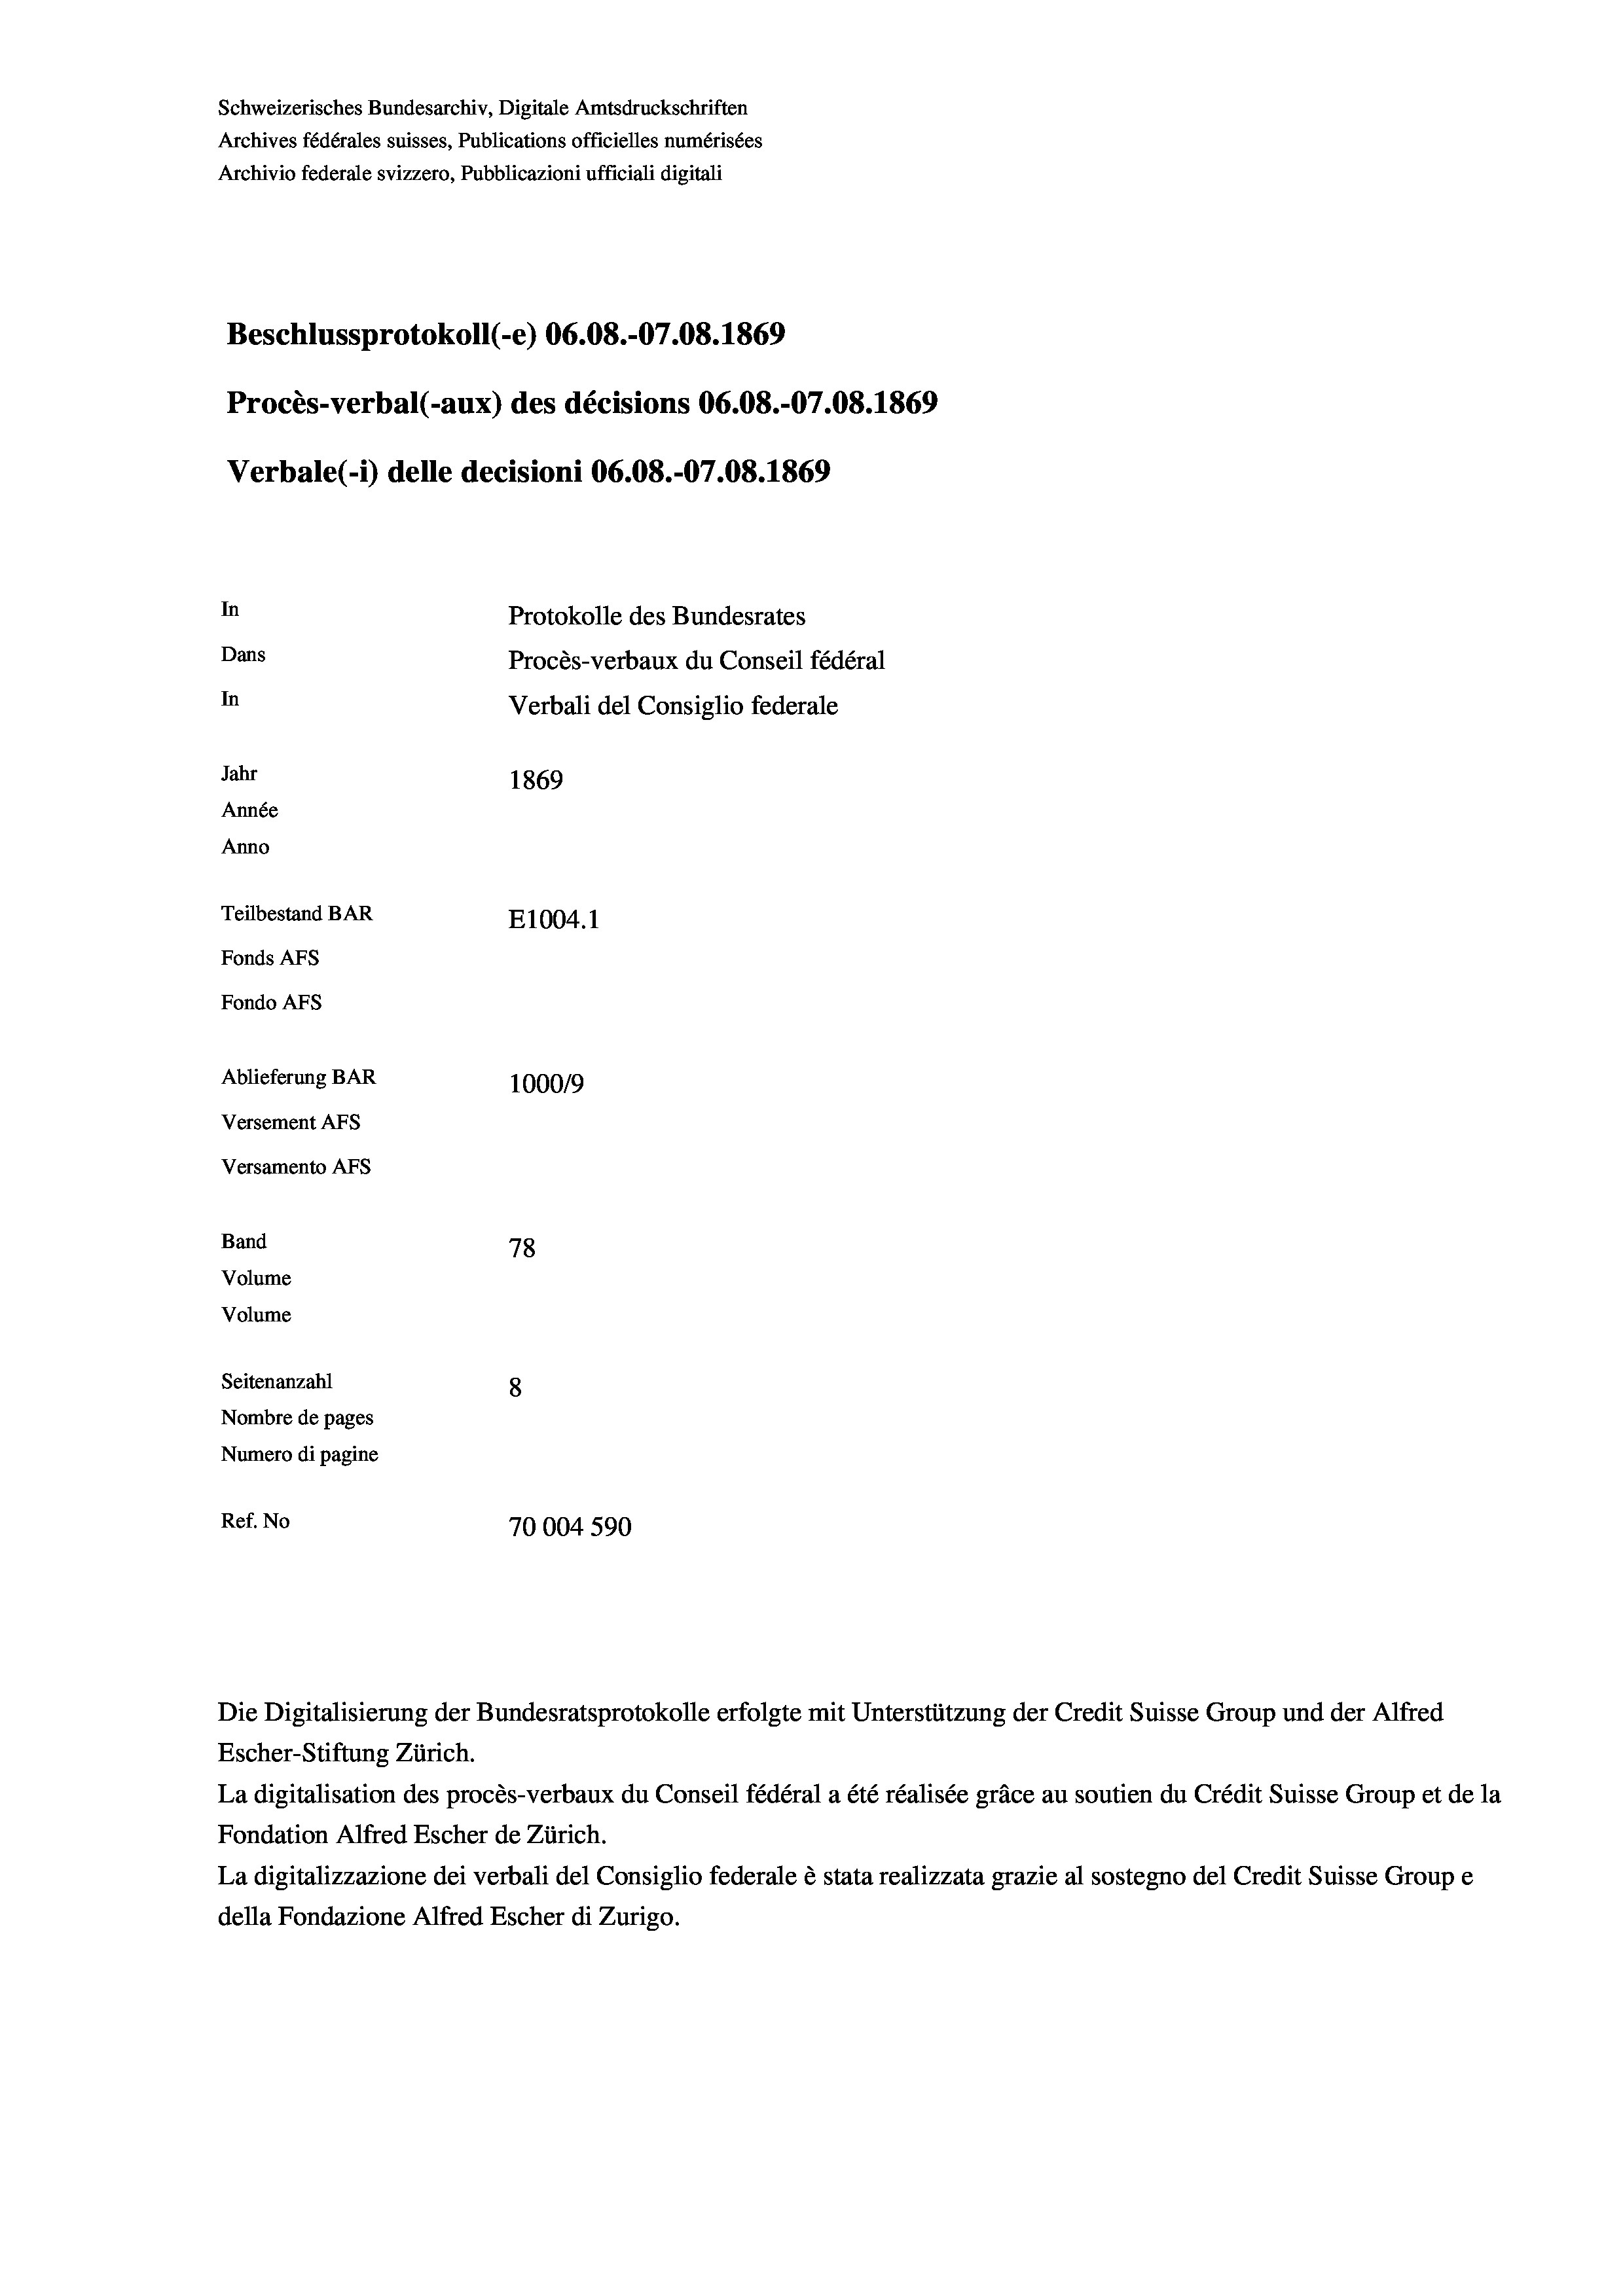
Beschlussprotokoll (-e) 06.08.-07.08. 1869
Procès-verbal (-aux) des décisions 06.08.-07.08. 1869
Verbale (- 1) delle decisioni 06.08.-07.08. 1869
In
Protokolle des Bundesrates
Dans
Procès-verbaux du Conseil fédéral
In
Verbali del Consiglio federale
Jahr
1869
Année
Anno
Teilbestand BAR
E1004.1
Fonds Afs
Fondo AFS
Ablieferung BAR
1000/9
Versement AFs
Versamento Afs

Band

78
Volume
Volume
Seitenanzahl
8
Nombre de pages
Numero di pagine
Ref. No
70004 590

Schweizerisches Bundesarchiv, Digitale Amtsdruckschriften
Archives fédérales suisses, Publications officielles numérisées
Archivio federale svizzero, Pubblicazioni ufficiali digitali

Die Digitalisierung der Bundesratsprotokolle erfolgte mit Unterstützung der Credit Suisse Group und der Alfred

Escher-Stiftung Zürich.
La digitalisation des procès-verbaux du Conseil fédéral a été réalisée gräce au soutien du Crédit Suisse Group et de la
Fondation Alfred Escher de Zürich.
La digitalizzazione dei verbali del Consiglio federale è stata realizzata grazie al sostegno del Credit Suisse Groupe
della Fondazione Alfred Escher di Zurigo.